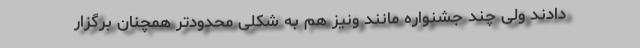
دادند ولی چند جشنواره مانند ونیز هم به شکلی محدودتر همچنان برگزار